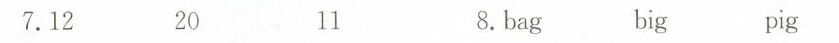
7.12 20 11 8. bag big pig